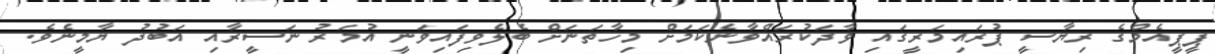
ޕީޕީއެމްގެ ރިޔާސީ ޕުރައިމަރީގައި ވާދަކުރައްވާނެކަމަށް މިހާތަނަށް ބެލެވިފައިވަނީ އުމަރު ނަސީރާއި އަބުދު ޔާމީނެވެ.